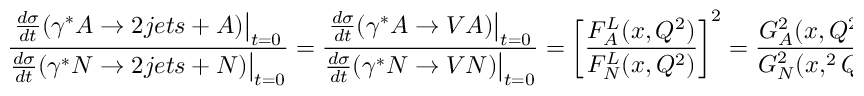
{ \frac { { \frac { d \sigma } { d t } } ( \gamma ^ { * } A \to 2 j e t s + A ) \big \vert _ { t = 0 } } { { \frac { d \sigma } { d t } } ( \gamma ^ { * } N \to 2 j e t s + N ) \big \vert _ { t = 0 } } } = { \frac { { \frac { d \sigma } { d t } } ( \gamma ^ { * } A \to V A ) \big \vert _ { t = 0 } } { { \frac { d \sigma } { d t } } ( \gamma ^ { * } N \to V N ) \big \vert _ { t = 0 } } } = \left[ { \frac { F _ { A } ^ { L } ( x , Q ^ { 2 } ) } { F _ { N } ^ { L } ( x , Q ^ { 2 } ) } } \right] ^ { 2 } = { \frac { G _ { A } ^ { 2 } ( x , Q ^ { 2 } ) } { G _ { N } ^ { 2 } ( x , ^ { 2 } Q ) } } \ .